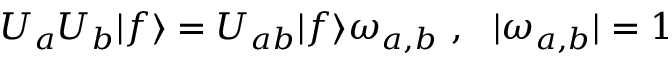
U _ { a } U _ { b } | f \rangle = U _ { a b } | f \rangle \omega _ { a , b } ~ , ~ ~ | \omega _ { a , b } | = 1 ~